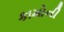
કામોની